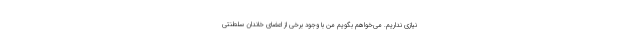
نیازی نداریم. می‌خواهم بگویم من با وجود برخی از اعضای خاندان سلطنتی